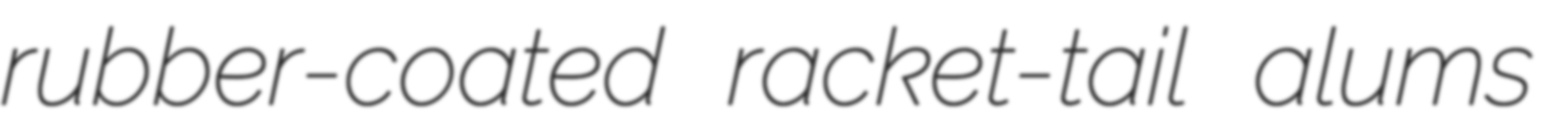
rubber-coated racket-tail alums